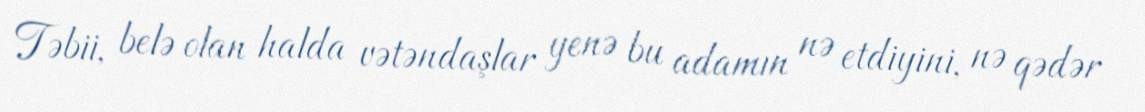
Təbii, belə olan halda vətəndaşlar yenə bu adamın nə etdiyini, nə qədər